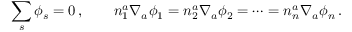
\sum _ { s } \phi _ { s } = 0 \, , \qquad n _ { 1 } ^ { a } \nabla _ { a } \phi _ { 1 } = n _ { 2 } ^ { a } \nabla _ { a } \phi _ { 2 } = \cdots = n _ { n } ^ { a } \nabla _ { a } \phi _ { n } \, .